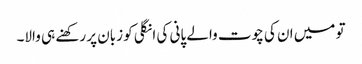
تو میں ان کی چوت والے پانی کی انگلی کو زبان پر رکھنے ہی والا۔